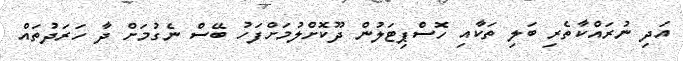
އަދި ނުރައްކާތެރި ބަލި ތަކާއި ހޮސްޕިޓަލުން ދޫކޮށްލުމަށްފަހު ބޭސް ނެެގުމަށް ދާ ހަރަދުތައް